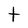
Character: t